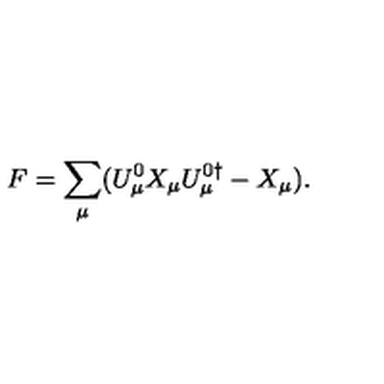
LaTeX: F = \sum _ { \mu } ( U _ { \mu } ^ { 0 } X _ { \mu } U _ { \mu } ^ { 0 \dagger } - X _ { \mu } ) .